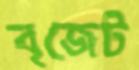
বৃজেট